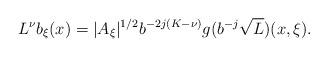
LaTeX: \begin{align*}L^\nu b_{\xi}(x)= \sc |A_{\xi}|^{1/2} b^{-2j(K-\nu)} g(b^{-j}\sqrt{L})(x, \xi).\end{align*}